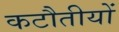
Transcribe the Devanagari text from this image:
कटौतीयों